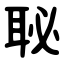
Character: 䎵